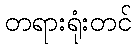
တရားရုံးတင်